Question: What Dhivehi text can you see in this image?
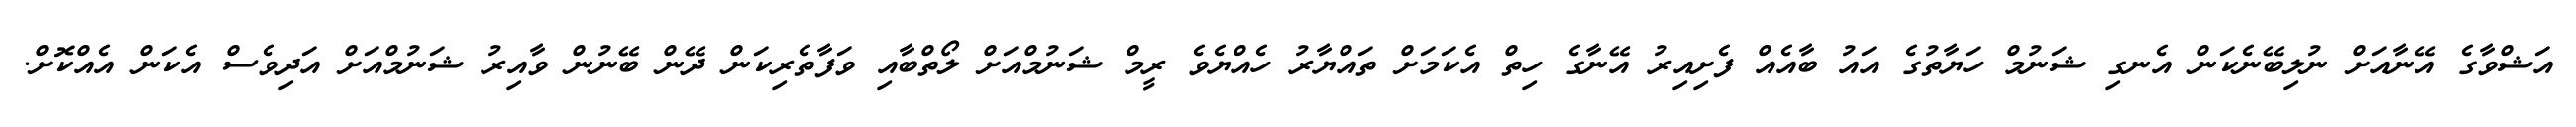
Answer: އަޝްވާގެ އޭނާއަށް ނުލިބޭނެކަން އެނގި ޝަނުމް ހަޔާތުގެ އައު ބާއެއް ފެށިއިރު އޭނާގެ ހިތް އެކަމަށް ތައްޔާރު ހެއްޔެވެ ރީމް ޝަނުމްއަށް ލޯތްބާއި ވަފާތެރިކަން ދޭން ބޭނުން ވާއިރު ޝަނުމްއަށް އަދިވެސް އެކަން އެއްކޮށް.